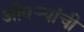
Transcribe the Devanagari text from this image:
ओवऱ्यांची